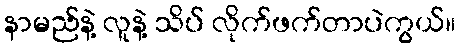
နာမည်နဲ့ လူနဲ့ သိပ် လိုက်ဖက်တာပဲကွယ်။